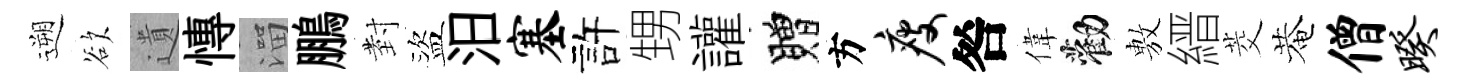
遡欲遺慱溜鵬𭔹盜汨塞許甥讙贈方瘦咎偉勸𢾾縉茭菴僧暌